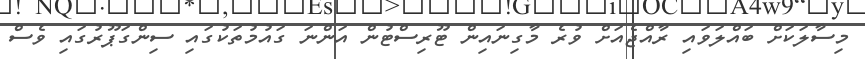
މިސާލަކަށް ބައްލަވައި ރާއްޖެއަށް ވުރެ މާގިނައިން ޓޫރިސްޓުން އަންނަ ގައުމުތަކުގައި ސިންގަޕޫރުގައި ވެސް